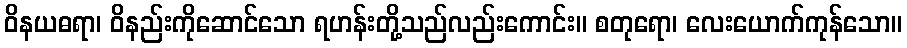
ဝိနယဓရာ၊ ဝိနည်းကိုဆောင်သော ရဟန်းတို့သည်လည်းကောင်း။ စတုရော၊ လေးယောက်ကုန်သော။